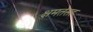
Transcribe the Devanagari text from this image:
क्षमतेसह